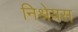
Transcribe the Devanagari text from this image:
निश्रेयस